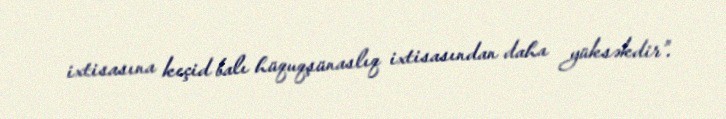
ixtisasına keçid balı hüquqşünaslıq ixtisasından daha yüksəkdir".